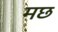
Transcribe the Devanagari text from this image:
मछ